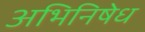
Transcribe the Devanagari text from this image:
अभिनिषेध